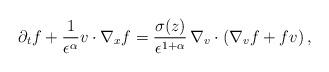
LaTeX: \begin{align*}\partial_t f +\frac{1}{\epsilon^{\alpha}}v\cdot\nabla_x f = \frac{\sigma(z)}{\epsilon^{1+\alpha}}\, \nabla_v\cdot (\nabla_v f + fv)\,,\end{align*}